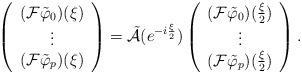
LaTeX: \begin{align*}\left ( \begin{array}{c} (\mathcal{F} \tilde{\varphi}_{0} )(\xi) \\ \vdots \\ (\mathcal{F} \tilde{\varphi}_{p} )(\xi) \end{array} \right ) = \tilde{\mathcal{A}}( e^{- i \frac{\xi}{2}} ) \left ( \begin{array}{c} (\mathcal{F} \tilde{\varphi}_{0} )(\frac{\xi}{2}) \\ \vdots \\ (\mathcal{F} \tilde{\varphi}_{p} )(\frac{\xi}{2}) \end{array} \right ) .\end{align*}